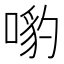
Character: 𠹕